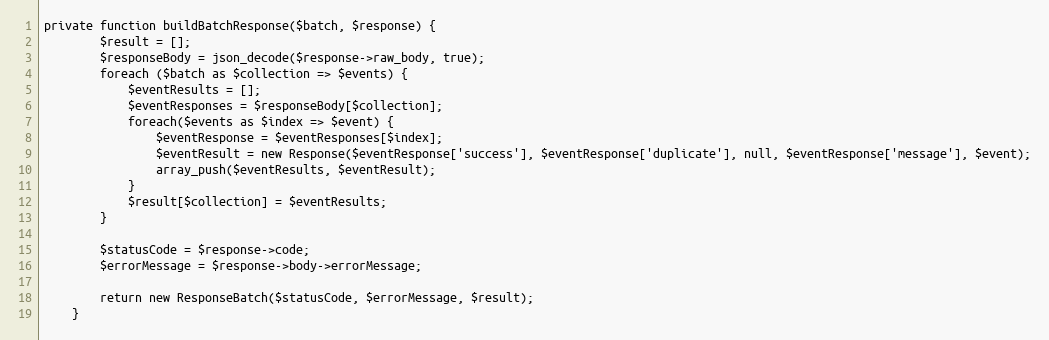
Language: PHP
private function buildBatchResponse($batch, $response) {
        $result = [];
        $responseBody = json_decode($response->raw_body, true);
        foreach ($batch as $collection => $events) {
            $eventResults = [];
            $eventResponses = $responseBody[$collection];
            foreach($events as $index => $event) {
                $eventResponse = $eventResponses[$index];
                $eventResult = new Response($eventResponse['success'], $eventResponse['duplicate'], null, $eventResponse['message'], $event);
                array_push($eventResults, $eventResult);
            }
            $result[$collection] = $eventResults;
        }

        $statusCode = $response->code;
        $errorMessage = $response->body->errorMessage;

        return new ResponseBatch($statusCode, $errorMessage, $result);
    }